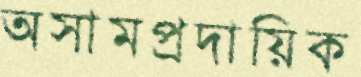
অসামপ্রদায়িক